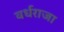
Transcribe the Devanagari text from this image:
वर्धराजा